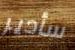
سأدير